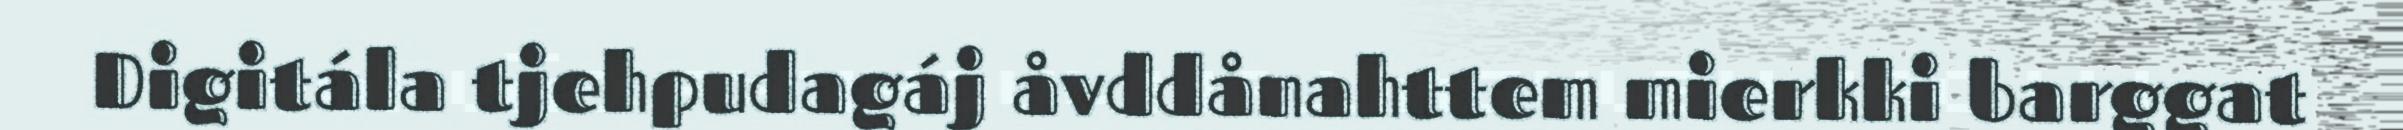
Digitála tjehpudagáj åvddånahttem mierkki barggat